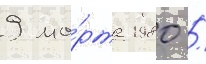
9 ма́рта 1980 /